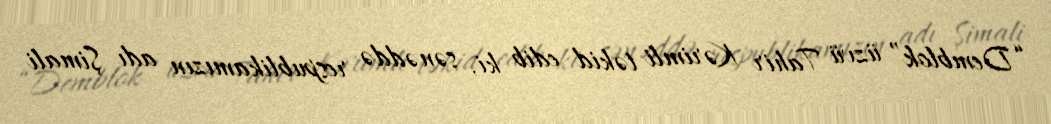
“Demblok” üzvü Tahir Kərimli təkid edib ki, sənəddə respublikamızın adı Şimali